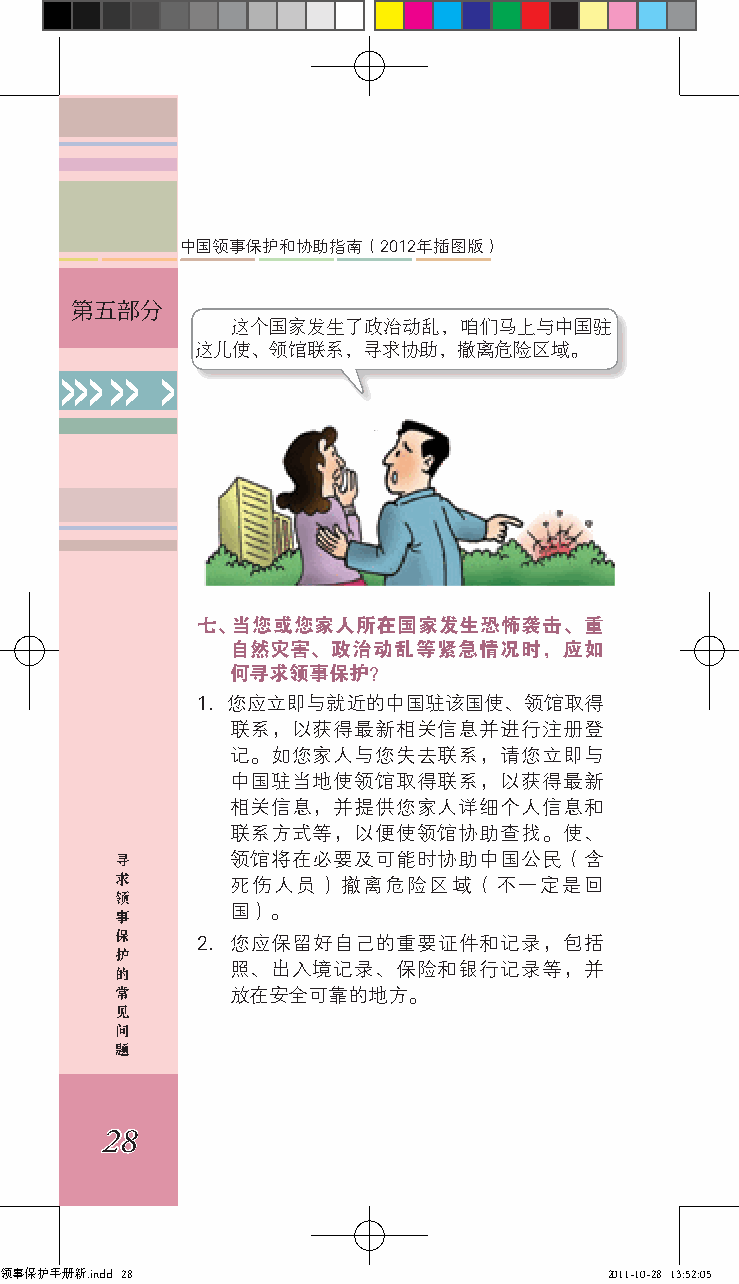
中国领事保护和协助指南（2012年插图版）
 第五部分
 这个国家发生了政治动乱，咱们马上与中国驻
 这儿使、领馆联系，寻求协助，撤离危险区域。
 >>> >> >
 七、当您或您家人所在国家发生恐怖袭击、重
 自然灾害、政治动乱等紧急情况时，应如
 何寻求领事保护？
 1. 您应立即与就近的中国驻该国使、领馆取得
 联系，以获得最新相关信息并进行注册登
 记。如您家人与您失去联系，请您立即与
 中国驻当地使领馆取得联系，以获得最新
 相关信息，并提供您家人详细个人信息和
 联系方式等，以便使领馆协助查找。使、
 寻      领馆将在必要及可能时协助中国公民（含
 求
 死伤人员）撤离危险区域（不一定是回
 领
 事      国）。
 保
 2. 您应保留好自己的重要证件和记录，包括
 护
 的      照、出入境记录、保险和银行记录等，并
 常      放在安全可靠的地方。
 见
 问
 题
 28
 领事保护手册新.indd 28                         2011-10-28 13:52:05